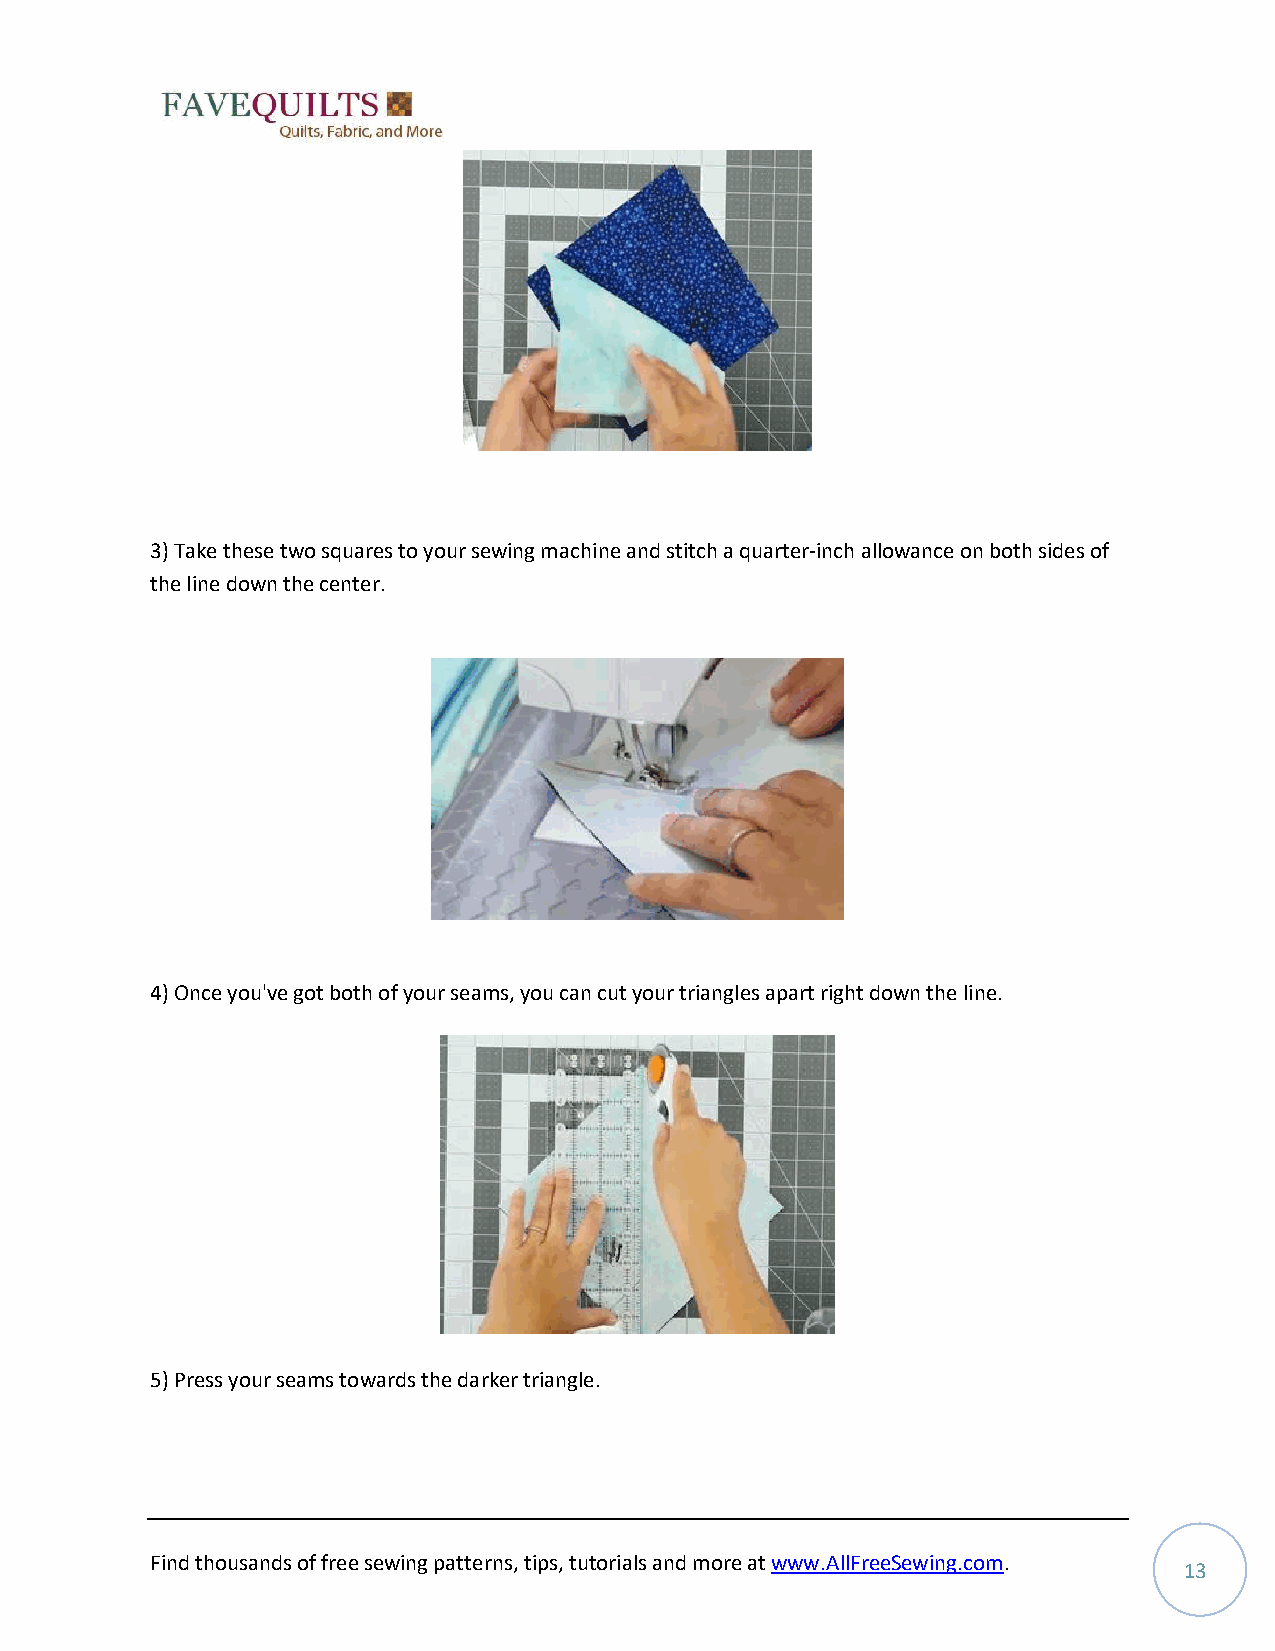
3) Take these two squares to your sewing machine and stitch a quarter-inch allowance on both sides of
 the line down the center.
 4) Once you've got both of your seams, you can cut your triangles apart right down the line.
 5) Press your seams towards the darker triangle.
 Find thousands of free sewing patterns, tips, tutorials and more at www.AllFreeSewing.com.
 13